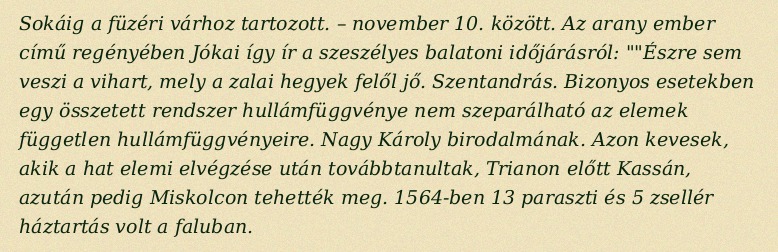
Sokáig a füzéri várhoz tartozott. – november 10. között. Az arany ember című regényében Jókai így ír a szeszélyes balatoni időjárásról: ""Észre sem veszi a vihart, mely a zalai hegyek felől jő. Szentandrás. Bizonyos esetekben egy összetett rendszer hullámfüggvénye nem szeparálható az elemek független hullámfüggvényeire. Nagy Károly birodalmának. Azon kevesek, akik a hat elemi elvégzése után továbbtanultak, Trianon előtt Kassán, azután pedig Miskolcon tehették meg. 1564-ben 13 paraszti és 5 zsellér háztartás volt a faluban.